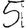
Digit: 5